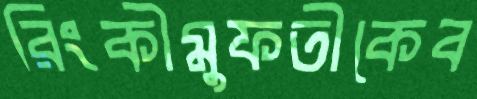
রিংকীমুফতীকেব